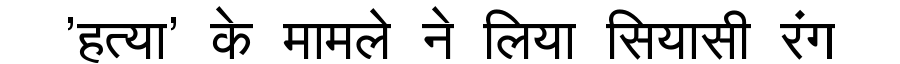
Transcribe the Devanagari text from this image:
'हत्या' के मामले ने लिया सियासी रंग